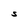
Character: S